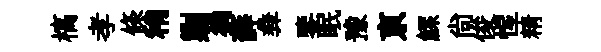
槁孝條稍剿徜薛彜鑒眠豫亰鰥尙俊惺精